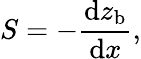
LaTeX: S=-{\frac{\mathrm{d}z_{\mathrm{b}}}{\mathrm{d}x}},